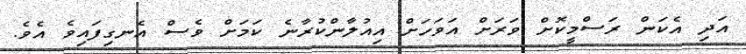
އަދި އެކަން ރަސްމީކޮށް ވަރަށް އަވަހަށް އިއުލާންކުރާނެ ކަމަށް ވެސް އެނގިފައިވެ އެވެ.